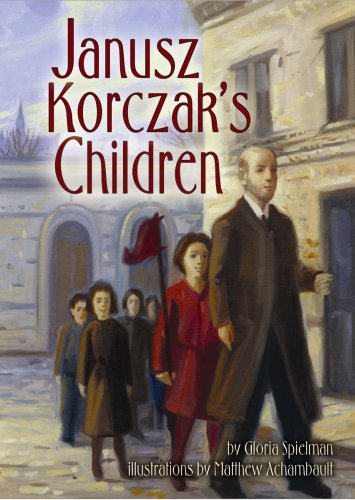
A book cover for Janusz Korczak's Children; Gloria Spielman; Children's Books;